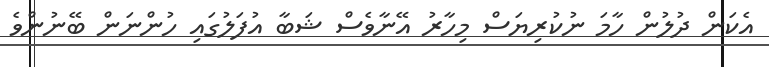
އެކަން ދުލުން ހާމަ ނުކުރިޔަސް މިހާރު އޭނާވެސް ޝަބާ އުފަލުގައި ހުންނަން ބޭނުންވެ